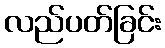
လည်ပတ်ခြင်း